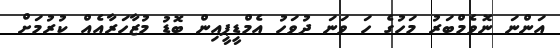
އަންނަ ނޮވެމްބަރު މަހުގެ ހަ ވަނަ ދުވަހު އެމްޑީޕީއިން ބޮޑު މުޒާހަރާއެއް ކުރުމަށް